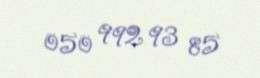
050 992 93 85